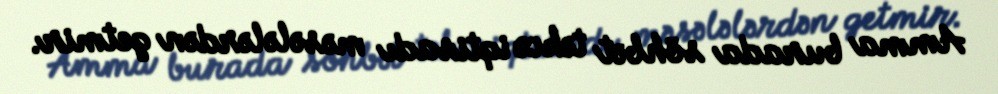
Amma burada söhbət təkcə iqtisadı məsələlərdən getmir.